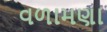
વળામણા